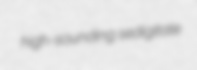
high-sounding sedigitate